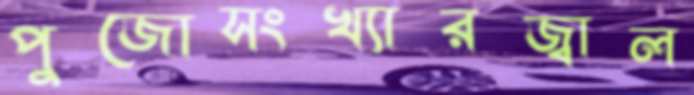
পুজোসংখ্যারজ্বাল